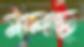
মলছ